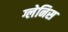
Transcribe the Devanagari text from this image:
ग्लेनिस